Indian journal of veterinary science and animal husbandry - Volumes 26-27, 1956-1957
Year: 1956
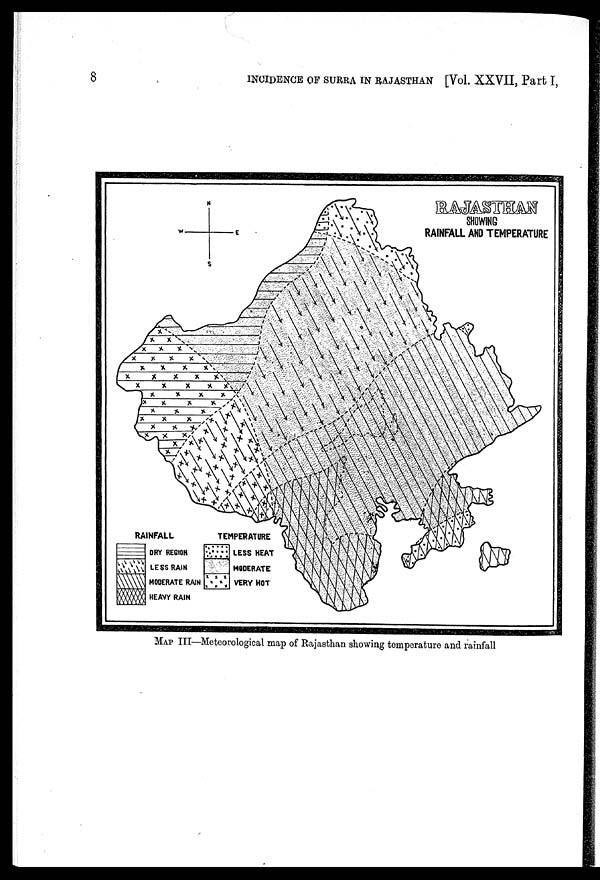
8
INCIDENCE OF SURRA IN RAJASTHAN [Vol. XXVII, Part I,
MAP III—Meteorological map of Rajasthan showing temperature and rainfall